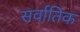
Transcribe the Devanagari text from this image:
सर्वातिक